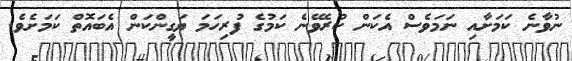
ނުވާނެ ކަމަށާއި ނަމަވެސް އެކަން ކުރެވޭނެ ކަމުގެ ފުރިހަމަ ޔަގީންކަން އެބައޮތް ކަމަށެވެ.